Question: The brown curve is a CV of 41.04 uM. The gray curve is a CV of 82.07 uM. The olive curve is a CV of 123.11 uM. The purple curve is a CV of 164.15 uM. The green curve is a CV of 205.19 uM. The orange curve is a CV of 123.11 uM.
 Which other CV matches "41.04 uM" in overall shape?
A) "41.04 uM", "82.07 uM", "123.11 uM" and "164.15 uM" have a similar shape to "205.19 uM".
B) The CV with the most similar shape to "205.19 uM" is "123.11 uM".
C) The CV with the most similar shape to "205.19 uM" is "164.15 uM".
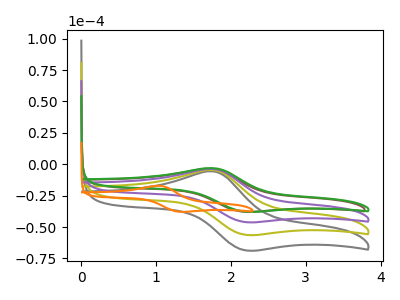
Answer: <think>The brown curve "41.04 uM" has an anodic peak at (1.75V, -3.55uA) and a cathodic peak at (2.15V, -37.75uA). The gray curve "82.07 uM" has an anodic peak at (1.75V, -11.35uA) and a cathodic peak at (2.20V, -138.10uA). The olive curve "123.11 uM" has an anodic peak at (1.75V, -7.55uA) and a cathodic peak at (2.20V, -92.05uA). The purple curve "164.15 uM" has an anodic peak at (1.75V, -3.80uA) and a cathodic peak at (2.20V, -46.05uA). The green curve "205.19 uM" has an anodic peak at (1.75V, -3.10uA) and a cathodic peak at (2.20V, -37.75uA). The orange curve "123.11 uM" has an anodic peak at (1.05V, -17.20uA) and a cathodic peak at (1.30V, -37.80uA).
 All the peaks in "41.04 uM" have a peak in "82.07 uM" at the same potential. All the peaks in "41.04 uM" have a peak in "123.11 uM" at the same potential. All the peaks in "41.04 uM" have a peak in "164.15 uM" at the same potential. All the peaks in "41.04 uM" have a peak in "205.19 uM" at the same potential. "41.04 uM" and "123.11 uM" have at least one peak that do not match. All the peaks in "82.07 uM" have a peak in "123.11 uM" at the same potential. All the peaks in "82.07 uM" have a peak in "164.15 uM" at the same potential. All the peaks in "82.07 uM" have a peak in "205.19 uM" at the same potential. "82.07 uM" and "123.11 uM" have at least one peak that do not match. All the peaks in "123.11 uM" have a peak in "164.15 uM" at the same potential. All the peaks in "123.11 uM" have a peak in "205.19 uM" at the same potential. "123.11 uM" and "123.11 uM" have at least one peak that do not match. All the peaks in "164.15 uM" have a peak in "205.19 uM" at the same potential. "164.15 uM" and "123.11 uM" have at least one peak that do not match. "205.19 uM" and "123.11 uM" have at least one peak that do not match.</think>
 <answer>A) "41.04 uM", "82.07 uM", "123.11 uM" and "164.15 uM" have a similar shape to "205.19 uM".</answer>
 <eval>A</eval>